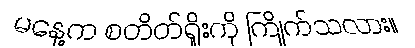
မနေ့က စတိတ်ရှိုးကို ကြိုက်သလား။